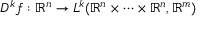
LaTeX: D ^ { k } f : \mathbb { R } ^ { n } \to L ^ { k } ( \mathbb { R } ^ { n } \times \cdots \times \mathbb { R } ^ { n } , \mathbb { R } ^ { m } )